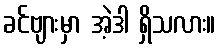
ခင်ဗျားမှာ အဲ့ဒါ ရှိသလား။